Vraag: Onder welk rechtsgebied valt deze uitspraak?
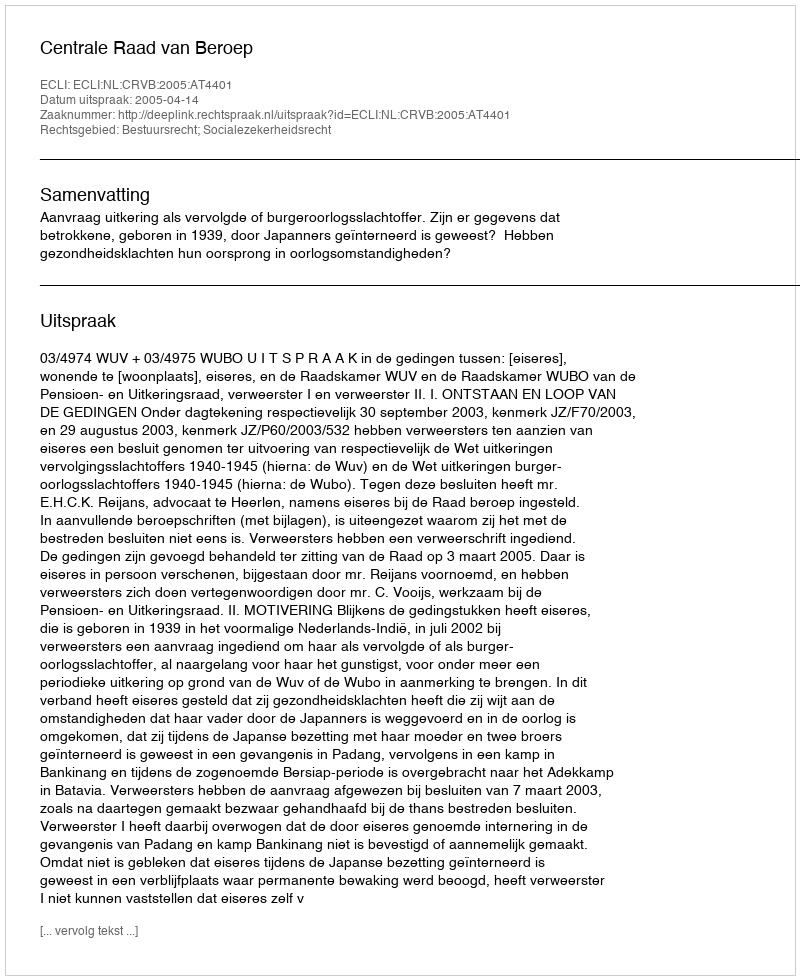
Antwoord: Bestuursrecht; Socialezekerheidsrecht